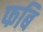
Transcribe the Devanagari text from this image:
फबि